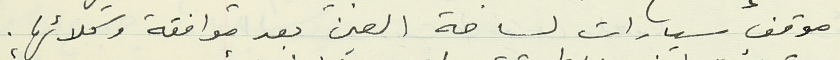
موقف سيارات لساحة العين بعد موافقة وكلائها.